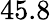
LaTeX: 45.8